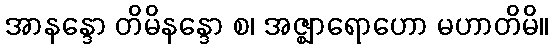
အာနန္ဒော တိမိနန္ဒော စ၊ အဇ္ဈာရောဟော မဟာတိမိ။